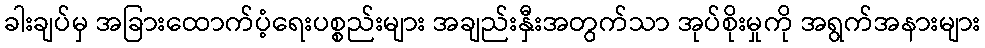
ခါးချပ်မှ အခြားထောက်ပံ့ရေးပစ္စည်းများ အချည်းနှီးအတွက်သာ အုပ်စိုးမှုကို အရွက်အနားများ